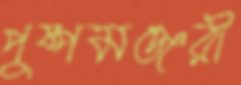
পুষ্পমঞ্জরী